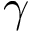
\gamma